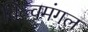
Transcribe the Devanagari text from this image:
विल्वमंगल